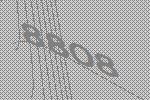
8808